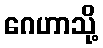
ဂေဟာသို့